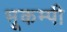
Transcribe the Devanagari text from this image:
भूकम्पी